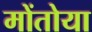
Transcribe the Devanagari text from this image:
मोंतोया